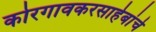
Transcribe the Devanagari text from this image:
कोरगावकरसाहेबांचे